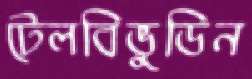
টেলবিভুডিন